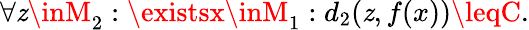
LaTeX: \forall\mathit{z}\inM_{2}:\existsx\inM_{1}:d_{2}(\mathit{z},f(x))\leqC.